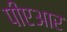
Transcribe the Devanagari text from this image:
पीएआर